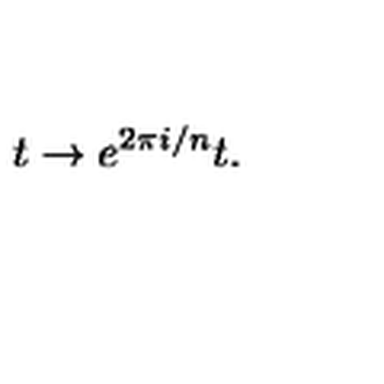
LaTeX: t \rightarrow e ^ { 2 \pi i / n } t .